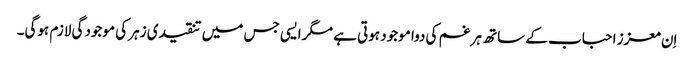
اِن معزز احباب کے ساتھ ہر غم کی دوا موجود ہوتی ہے مگر ایسی جس میں تنقیدی زہر کی موجودگی لازم ہوگی۔